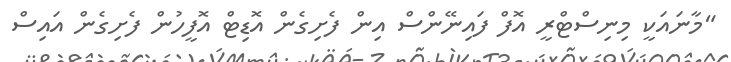
"މާނައަކީ މިނިސްޓްރީ އޮފް ފައިނޭންސް އިން ފެށިގެން އޮޑިޓް އޮފީހުން ފެށިގެން އައިސް